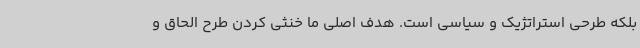
بلکه طرحی استراتژیک و سیاسی است. هدف اصلی ما خنثی کردن طرح الحاق و